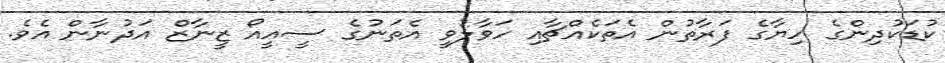
ކުޑަކުދިންގެ ހިޔާގެ ފަރާތުން އެތަކެއްޗާއި ހަވާލުވީ އެތަނުގެ ސީއީއޯ ޒީނާޒް އަދުނާން އެވެ.